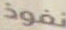
نفوذ